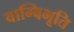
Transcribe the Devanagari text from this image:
वाग्विभूति